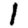
Digit: 1